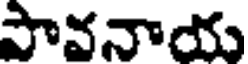
పావనాయ